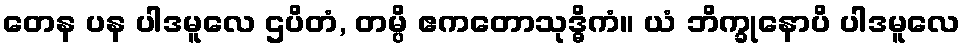
တေန ပန ပါဒမူလေ ဌပိတံ, တမ္ပိ ဧကတောသုဒ္ဓိကံ။ ယံ ဘိက္ခုနောပိ ပါဒမူလေ